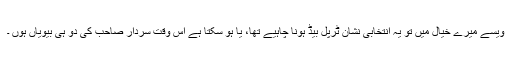
ویسے میرے خیال میں تو یہ انتخابی نشان ٹرپل بیڈ ہونا چاہیے تھا، یا ہو سکتا ہے اس وقت سردار صاحب کی دو ہی بیویاں ہوں ۔